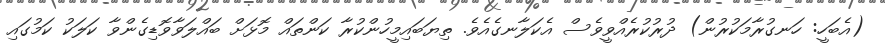
(އެބަހީ: ހަނގުރާމަކުރުން) ދުރުކުރެއްވީވެސް އެކަލާނގެއެވެ. ތިޔަބައިމީހުންކުރާ ކަންތައް މޮޅަށް ބައްލަވާވޮޑިގެންވާ ކަލަކު ކަމުގައި